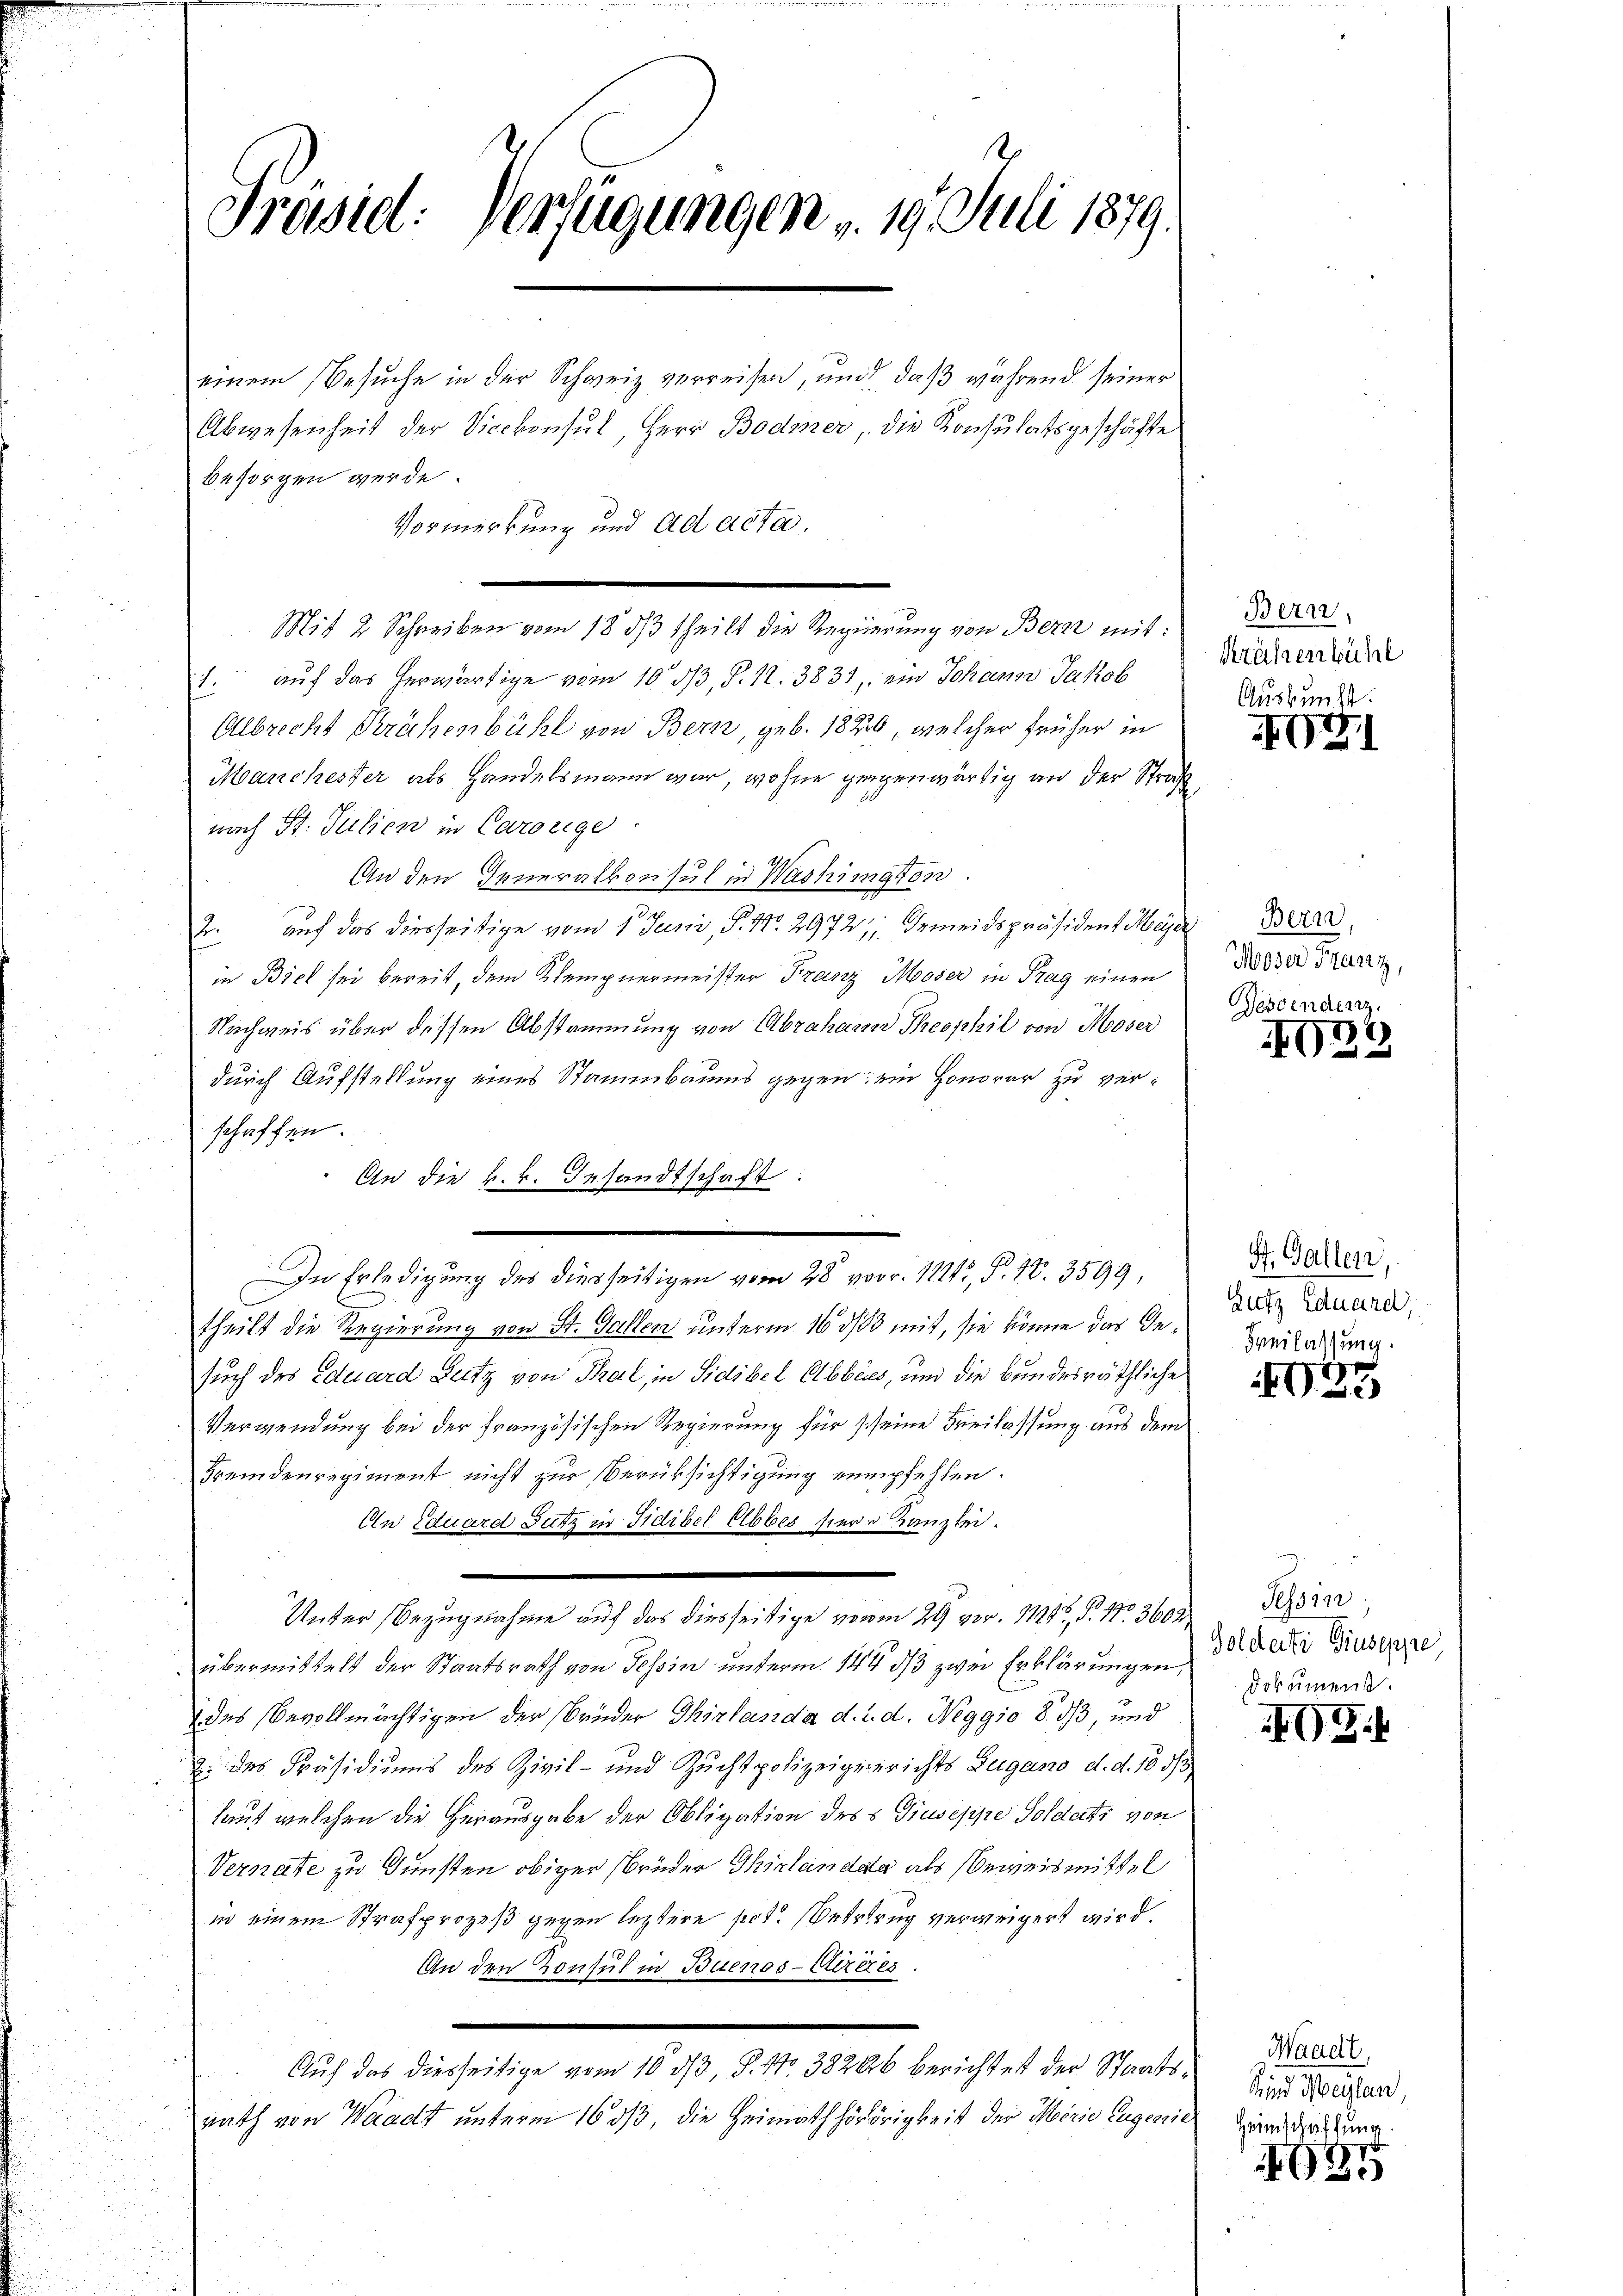
Präsid. Verfügungen . 19. Juli 1879.

einem Besuche in der Schweiz verreisen, und daß während seiner
Abwesenheit der Vicekonsul, Herr Bodmer, die Konsulatsgeschäfte
besorgen werde.
Mit 2 Schreiben vom 18. dß theils die Regierung von Bern mit:
1. auf das herwärtige vom 10. 53, §. N. 3831, ein Johann Jakob Krähen
Albrecht Krähenbühl von Bern, geb. 1820, welcher früher in
Manchester als Handelsmann war, wohne gegenwärtig an der Straß
nach St. Julien in Carorige
An den Generalkonsul in Washington.
J. auf das diesseitige vom 1. Juni, P. Nr. 2972, Gemeindspräsident Maja Ber
in Biel sei bereit, dem Klempnermeister Franz Mooser in Frag einen
Nachweis über dessen Abstammung von Abrahann Theophil von Moser
durch Aufstellung eines Stammbaums gegen: ein Honorar zu verschaffen.
An die k.k. Gesandtschaft:
e
theilt die Regierung von St. Gallen unterm 16 d/03 mit, sie könne das Gesuch des Eduard Lutz von Thal, in Sidibel Abbes, und die bundesräthliche
Verwendung bei der französischen Regierung für seine Freilassung aus dem
Fremdenregiment nicht zur Berüksichtigung empfehlen.
An Eduard Sutz in Fidibel Elbbes hier u Kanzlei.
Unter Bezugnahme auf das diesseitige vom 29 vor. 118, P. Nr. 3600
übermittelt der Staatsrath von Tessin unterm 144 d/3 zwei Erklärungen,
 des Bevollmächtigen der Brüder Thirlanda d. d. d. Neggio 8. ds, und
Ei des Präsidiums des Zivil- und Zuchtpolizeigeinrichts Zugano d. d. 18 d
laut welchen die Herausgabe der Obligation des s Giuseppe Soldati von
Vernate zu Gunsten obiger Brüder Thirlandar als Beweismittel
in einem Strafprozeß gegen leztere pct. Betrug verweigert wird.
An den Konsul in Buenos-Cirezes.
Auf das diesseitige vom 10 3/3, P. Nr. 38206 berichtet der Staatsrath von Waadt unterm 16 ds, die Heimath Hörörigkeit der Moorie Eugenie

In Erledigung des diesseitigen vom 28 vor. 11, P. Nr. 3599,

Vormerkung und ad acta.

Bern,
Auskunft.

EGG1

Moser Franz,
Descendenz

G33

St. Gallen,
Zutz Eduard,
Freilassung.

2

Tessin,
Golderte Giuseppe
Dokumenst.

GG.

Waadt,
Sind Weilen,
Heimschaftung.

G24